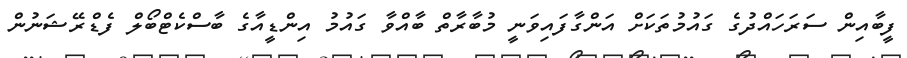
ފީބާއިން ސަރަހައްދުގެ ގައުމުތަކަށް އަންގާފައިވަނީ މުބާރާތް ބާއްވާ ގައުމު އިންޑީއާގެ ބާސްކެޓްބޯލް ފެޑްރޭޝަނުން